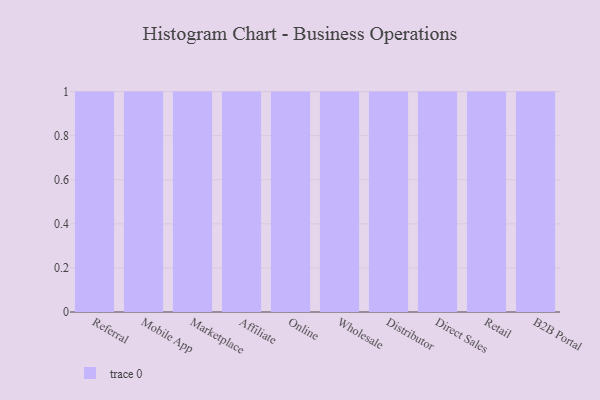
{"axis": {"x": "Channel", "y": "Shipments"}, "legend": [""], "data": [{"x": "Referral", "y": 1, "type": ""}, {"x": "Mobile App", "y": 49, "type": ""}, {"x": "Marketplace", "y": 98, "type": ""}, {"x": "Affiliate", "y": 2, "type": ""}, {"x": "Online", "y": 70, "type": ""}, {"x": "Wholesale", "y": 98, "type": ""}, {"x": "Distributor", "y": 17, "type": ""}, {"x": "Direct Sales", "y": 20, "type": ""}, {"x": "Retail", "y": 45, "type": ""}, {"x": "B2B Portal", "y": 10, "type": ""}]}